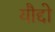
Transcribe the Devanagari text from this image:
यौद्दो